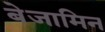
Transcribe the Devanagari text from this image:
बेजामिन